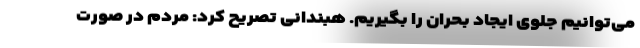
می‌توانیم جلوی ایجاد بحران را بگیریم. هبندانی تصریح کرد: مردم در صورت